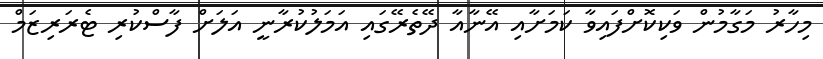
މިހާރު މަގާމުން ވަކިކޮށްފައިވާ ކަމަށާއި އޭނާއާ ދޭތެރޭގައި އަމަލުކުރާނީ އަލަށް ފާސްކުރި ޓެރަރިޒަމް